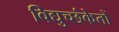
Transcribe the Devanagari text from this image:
विद्युच्छंकेतों